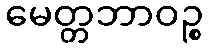
မေတ္တဘာဝဉ္စ